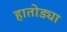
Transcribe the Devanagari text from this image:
हातोड्या